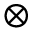
\otimes